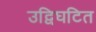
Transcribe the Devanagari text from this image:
उद्विघटित